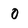
Character: 0